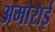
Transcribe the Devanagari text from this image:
अमाराई